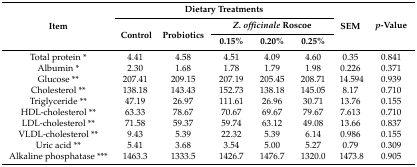
<table><thead><tr><td rowspan="3"><b>Item</b></td><td colspan="5"><b>Dietary Treatments</b></td><td rowspan="3"><b>SEM</b></td><td rowspan="3"><b><i>p</i>-Value</b></td></tr><tr><td rowspan="2"><b>Control</b></td><td rowspan="2"><b>Probiotics</b></td><td colspan="3"><b><i>Z. officinale</i> Roscoe</b></td></tr><tr><td><b>0.15%</b></td><td><b>0.20%</b></td><td><b>0.25%</b></td></tr></thead><tbody><tr><td>Total protein *</td><td>4.41</td><td>4.58</td><td>4.51</td><td>4.09</td><td>4.60</td><td>0.35</td><td>0.841</td></tr><tr><td>Albumin *</td><td>2.30</td><td>1.68</td><td>1.78</td><td>1.79</td><td>1.98</td><td>0.226</td><td>0.371</td></tr><tr><td>Glucose **</td><td>207.41</td><td>209.15</td><td>207.19</td><td>205.45</td><td>208.71</td><td>14.594</td><td>0.939</td></tr><tr><td>Cholesterol **</td><td>138.18</td><td>143.43</td><td>152.73</td><td>138.18</td><td>145.05</td><td>8.17</td><td>0.710</td></tr><tr><td>Triglyceride **</td><td>47.19</td><td>26.97</td><td>111.61</td><td>26.96</td><td>30.71</td><td>13.76</td><td>0.155</td></tr><tr><td>HDL-cholesterol **</td><td>63.33</td><td>78.67</td><td>70.67</td><td>69.67</td><td>79.67</td><td>7.613</td><td>0.710</td></tr><tr><td>LDL-cholesterol **</td><td>71.58</td><td>59.37</td><td>59.74</td><td>63.12</td><td>49.08</td><td>13.66</td><td>0.837</td></tr><tr><td>VLDL-cholesterol **</td><td>9.43</td><td>5.39</td><td>22.32</td><td>5.39</td><td>6.14</td><td>0.986</td><td>0.155</td></tr><tr><td>Uric acid **</td><td>5.41</td><td>3.68</td><td>3.54</td><td>5.00</td><td>5.27</td><td>0.79</td><td>0.309</td></tr><tr><td>Alkaline phosphatase ***</td><td>1463.3</td><td>1333.5</td><td>1426.7</td><td>1476.7</td><td>1320.0</td><td>1473.8</td><td>0.905</td></tr></tbody></table>